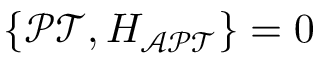
\{ \mathcal { P T } , H _ { \mathrm { \mathcal { A P T } } } \} = 0